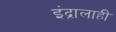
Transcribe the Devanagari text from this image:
इंद्रालाही